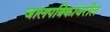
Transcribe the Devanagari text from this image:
जालपत्रिकांवरील